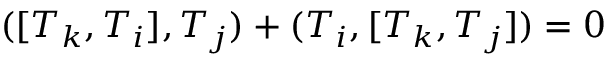
( [ T _ { k } , T _ { i } ] , T _ { j } ) + ( T _ { i } , [ T _ { k } , T _ { j } ] ) = 0